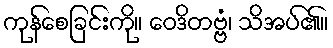
ကုန်စေခြင်းကို။ ဝေဒိတဗ္ဗံ၊ သိအပ်၏။